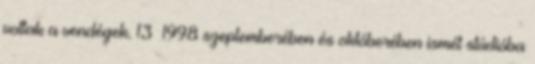
voltak a vendégek. 13 1998 szeptemberében és októberében ismét stúdióba